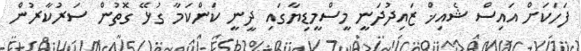
ފަހަކަށް އައިސް ޝެއިޚް ޒައިދުދަނީ މީސްމީޑިޔާގައި ދީނީ ކަންކަމާ ގުޅޭ ގޮތުން ސަރުކާރުން